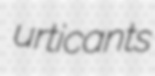
urticants